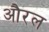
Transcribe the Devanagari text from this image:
औरल